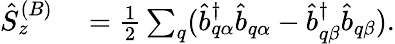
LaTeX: \begin{array}{rl}{\hat{S}_{z}^{(B)}}&{{}=\frac{1}{2}\sum_{q}(\hat{b}_{q\alpha}^{\dagger}\hat{b}_{q\alpha}-\hat{b}_{q\beta}^{\dagger}\hat{b}_{q\beta}).}\end{array}